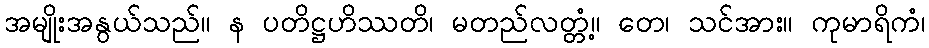
အမျိုးအနွယ်သည်။ န ပတိဋ္ဌဟိဿတိ၊ မတည်လတ္တံ့။ တေ၊ သင်အား။ ကုမာရိကံ၊